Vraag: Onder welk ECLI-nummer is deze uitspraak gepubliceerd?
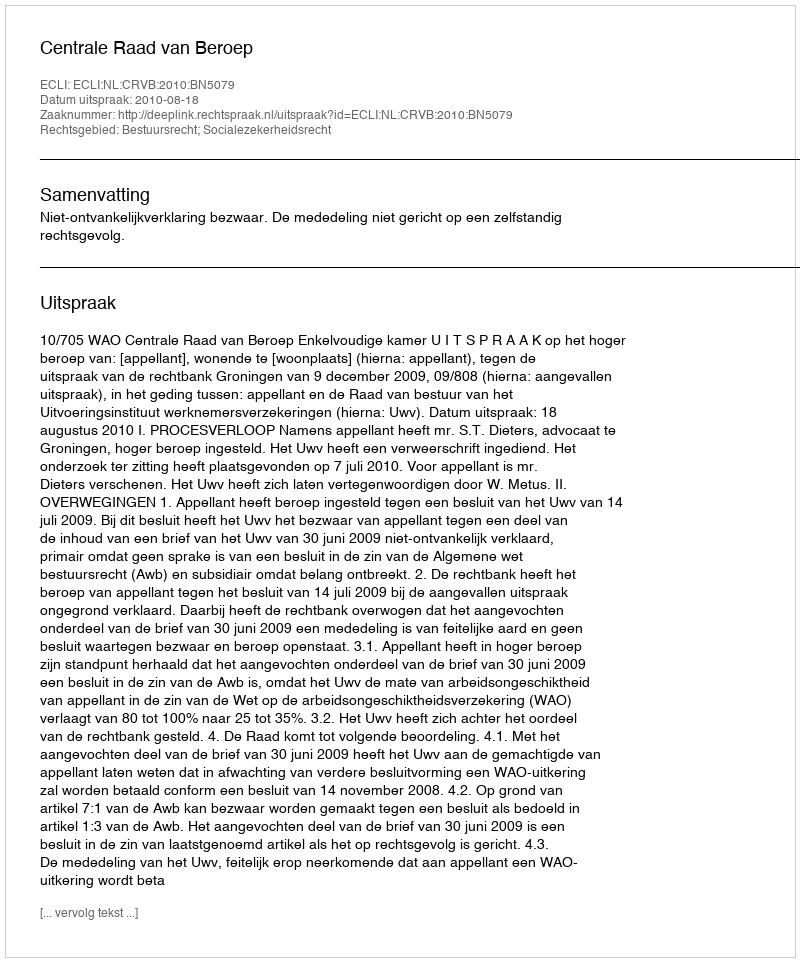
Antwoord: ECLI:NL:CRVB:2010:BN5079